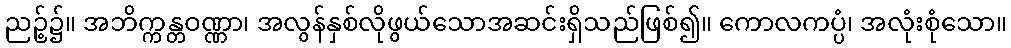
ညဉ့်၌။ အဘိက္ကန္တဝဏ္ဏာ၊ အလွန်နှစ်လိုဖွယ်သောအဆင်းရှိသည်ဖြစ်၍။ ကောလကပ္ပံ၊ အလုံးစုံသော။